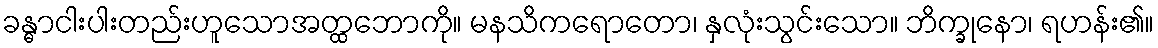
ခန္ဓာငါးပါးတည်းဟူသောအတ္ထဘောကို။ မနသိကရောတော၊ နှလုံးသွင်းသော။ ဘိက္ခုနော၊ ရဟန်း၏။